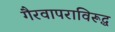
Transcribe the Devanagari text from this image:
गैरवापराविरूद्ध